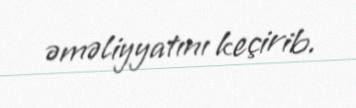
əməliyyatını keçirib.